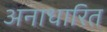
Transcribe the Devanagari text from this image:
अनाधारित